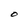
Character: O